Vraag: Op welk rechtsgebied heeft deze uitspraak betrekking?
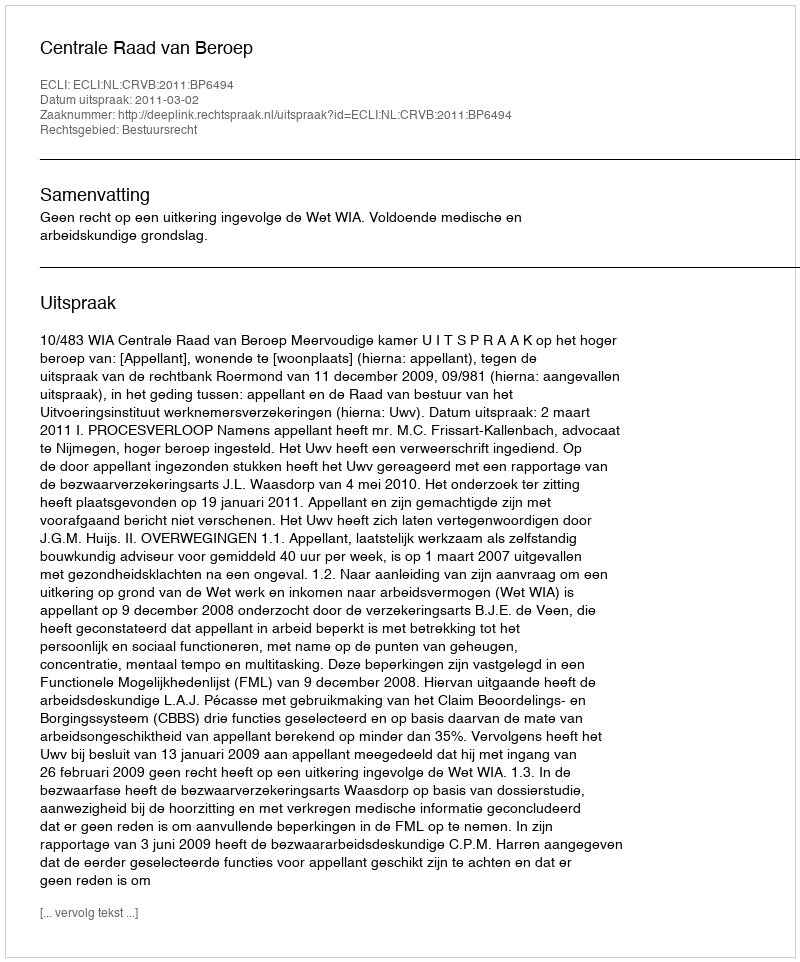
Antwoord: Bestuursrecht